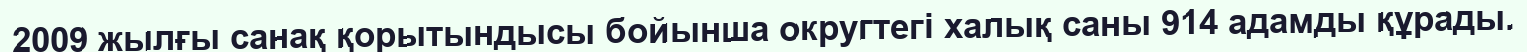
2009 жылғы санақ қорытындысы бойынша округтегі халық саны 914 адамды құрады.